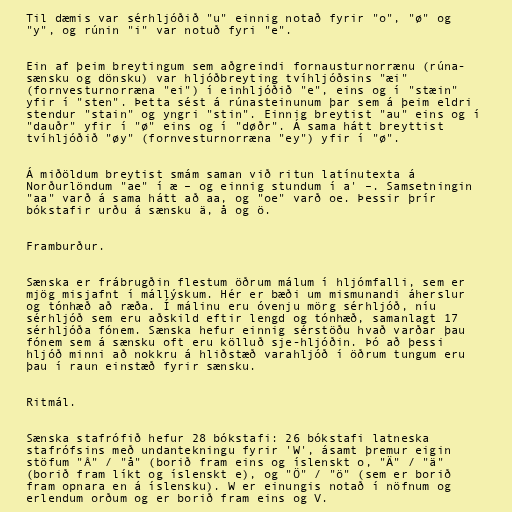
Til dæmis var sérhljóðið "u" einnig notað fyrir "o", "ø" og
"y", og rúnin "i" var notuð fyri "e".

Ein af þeim breytingum sem aðgreindi fornausturnorrænu (rúna-
sænsku og dönsku) var hljóðbreyting tvíhljóðsins "æi"
(fornvesturnorræna "ei") í einhljóðið "e", eins og í "stæin"
yfir í "sten". Þetta sést á rúnasteinunum þar sem á þeim eldri
stendur "stain" og yngri "stin". Einnig breytist "au" eins og í
"dauðr" yfir í "ø" eins og í "døðr". Á sama hátt breyttist
tvíhljóðið "øy" (fornvesturnorræna "ey") yfir í "ø".

Á miðöldum breytist smám saman við ritun latínutexta á
Norðurlöndum "ae" í æ – og einnig stundum í a' –. Samsetningin
"aa" varð á sama hátt að aa, og "oe" varð oe. Þessir þrír
bókstafir urðu á sænsku ä, å og ö.

Framburður.

Sænska er frábrugðin flestum öðrum málum í hljómfalli, sem er
mjög misjafnt í mállýskum. Hér er bæði um mismunandi áherslur
og tónhæð að ræða. Í málinu eru óvenju mörg sérhljóð, níu
sérhljóð sem eru aðskild eftir lengd og tónhæð, samanlagt 17
sérhljóða fónem. Sænska hefur einnig sérstöðu hvað varðar þau
fónem sem á sænsku oft eru kölluð sje-hljóðin. Þó að þessi
hljóð minni að nokkru á hliðstæð varahljóð í öðrum tungum eru
þau í raun einstæð fyrir sænsku.

Ritmál.

Sænska stafrófið hefur 28 bókstafi: 26 bókstafi latneska
stafrófsins með undantekningu fyrir 'W', ásamt þremur eigin
stöfum "Å" / "å" (borið fram eins og íslenskt o, "Ä" / "ä"
(borið fram líkt og íslenskt e), og "Ö" / "ö" (sem er borið
fram opnara en á íslensku). W er einungis notað í nöfnum og
erlendum orðum og er borið fram eins og V.